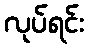
လုပ်ရင်း